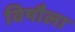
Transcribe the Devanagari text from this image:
विषौला